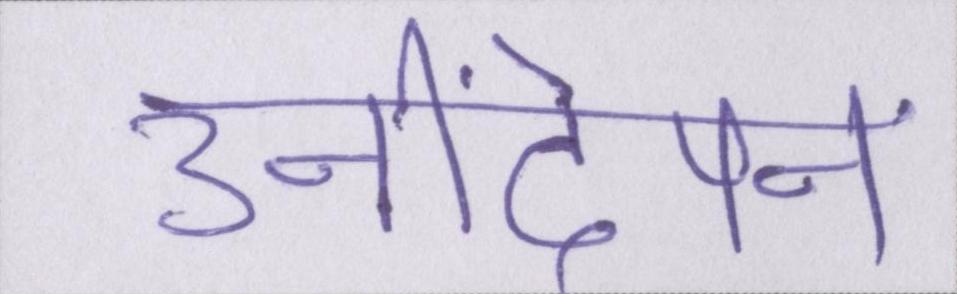
उनींदेपन